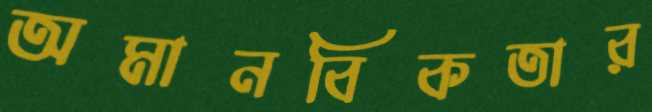
অমানবিকতার